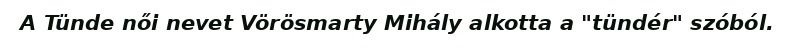
A Tünde női nevet Vörösmarty Mihály alkotta a "tündér" szóból.